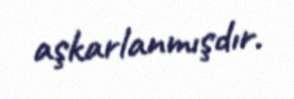
aşkarlanmışdır.